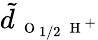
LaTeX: \tilde{d}_{\mathrm{~\scriptsize~O~}_{1/2}\mathrm{~\scriptsize~H~}^{+}}